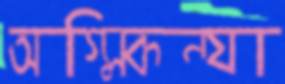
অগ্নিকন্যা